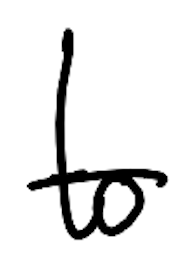
Text: to
Cross-out: single-line
Writing tool: digital_black